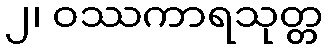
၂၊ ဝဿကာရသုတ္တ